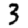
Digit: 3